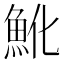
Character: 魤